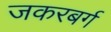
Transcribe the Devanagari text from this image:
जकरबर्ग